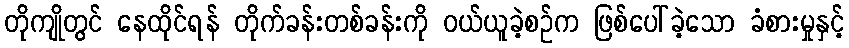
တိုကျိုတွင် နေထိုင်ရန် တိုက်ခန်းတစ်ခန်းကို ဝယ်ယူခဲ့စဉ်က ဖြစ်ပေါ်ခဲ့သော ခံစားမှုနှင့်